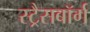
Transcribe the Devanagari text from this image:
स्ट्रैसबॉर्ग